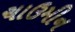
ચાઉમીન